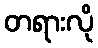
တရားလို